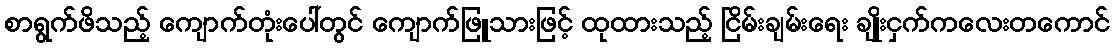
စာရွက်ဖိသည့် ကျောက်တုံးပေါ်တွင် ကျောက်ဖြူသားဖြင့် ထုထားသည့် ငြိမ်းချမ်းရေး ချိုးငှက်ကလေးတကောင်